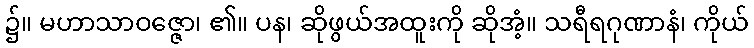
၌။ မဟာသာဝဇ္ဇော၊ ၏။ ပန၊ ဆိုဖွယ်အထူးကို ဆိုအံ့။ သရီရဂုဏာနံ၊ ကိုယ်